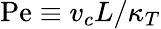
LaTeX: \mathrm{Pe}\equiv v_{c}L/\kappa_{T}